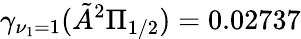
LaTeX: \gamma_{\nu_{1}=1}(\tilde{A}^{2}\Pi_{1/2})=0.02737